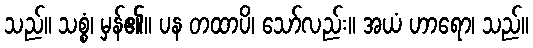
သည်။ သစ္စံ၊ မှန်၏။ ပန တထာပိ၊ သော်လည်း။ အယံ ဟာရော၊ သည်။